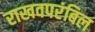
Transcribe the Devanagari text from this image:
राखवपरंबिल